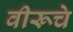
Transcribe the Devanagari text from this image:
वीरूचे